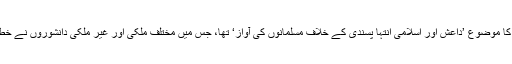
سیمنار کا موضوع ’داعش اور اسلامی انتہا پسندی کے خلاف مسلمانوں کی آواز‘ تھا، جس میں مختلف ملکی اور غیر ملکی دانشوروں نے خطاب کیا۔